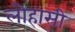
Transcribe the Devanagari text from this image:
लोहासी